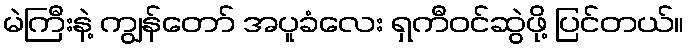
မဲကြီးနဲ့ ကျွန်တော် အပူခံလေး ရှကီဝင်ဆွဲဖို့ ပြင်တယ်။